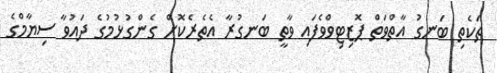
ތަކެތި ބަނގު އާތްވަތް ޕޮޒިޓިވްވެފައި ވާތީ ބަނގުރާ އެތެރެކޮށް ގެންގުޅުމުގެ ދައުވާ ސިޔާމްގެ